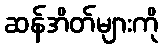
ဆန်အိတ်များကို